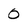
Character: 0